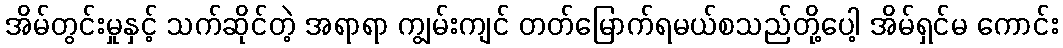
အိမ်တွင်းမှုနှင့် သက်ဆိုင်တဲ့ အရာရာ ကျွမ်းကျင် တတ်မြောက်ရမယ်စသည်တို့ပေါ့ အိမ်ရှင်မ ကောင်း